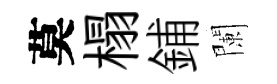
莫榻鋪闌